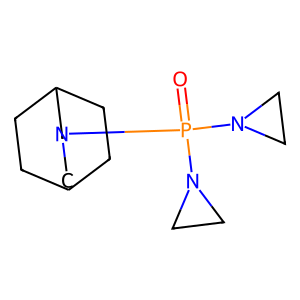
SMILES: O=P(N1CC1)(N1CC1)N1CC2CCC(CC2)C1
Inhibits HIV replication: No